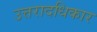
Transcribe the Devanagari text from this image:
उत्तरादधिकार